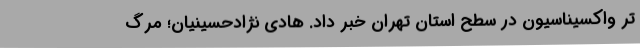
تر واکسیناسیون در سطح استان تهران خبر داد. هادی نژاد‌حسینیان؛ مرگِ